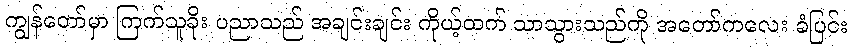
ကျွန်တော်မှာ ကြက်သူခိုး ပညာသည် အချင်းချင်း ကိုယ့်ထက် သာသွားသည်ကို အတော်ကလေး ခံပြင်း